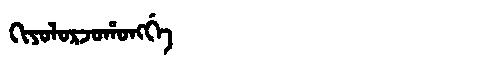
Manchu: ᡴᡳᠶᠣᠯᠣᡵᠵᠣᡥᠣᠩᡤᡝ
Romanization: KIYOLORJOHONGGE